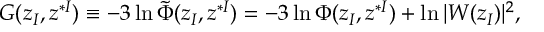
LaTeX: G ( z _ { I } , z ^ { * I } ) \equiv - 3 \ln { \tilde { \Phi } } ( z _ { I } , z ^ { * I } ) = - 3 \ln \Phi ( z _ { I } , z ^ { * I } ) + \ln | W ( z _ { I } ) | ^ { 2 } ,